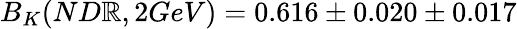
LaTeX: B_{K}(ND\mathbb{R},2GeV)=0.616\pm0.020\pm0.017